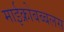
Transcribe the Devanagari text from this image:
माईक्रोबब्बलस